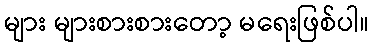
များ များစားစားတော့ မရေးဖြစ်ပါ။